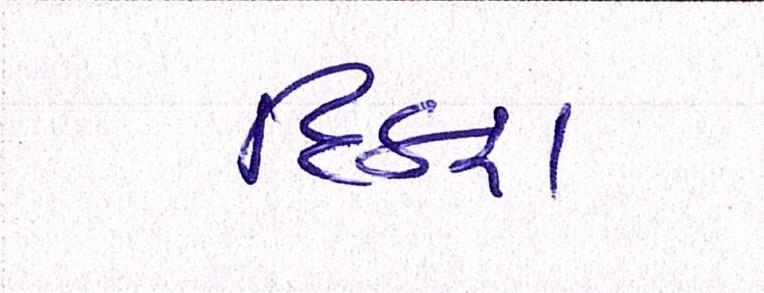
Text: દિકરા